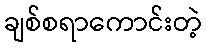
ချစ်စရာကောင်းတဲ့